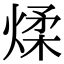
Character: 煣